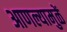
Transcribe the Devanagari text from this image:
आणल्यामुळें